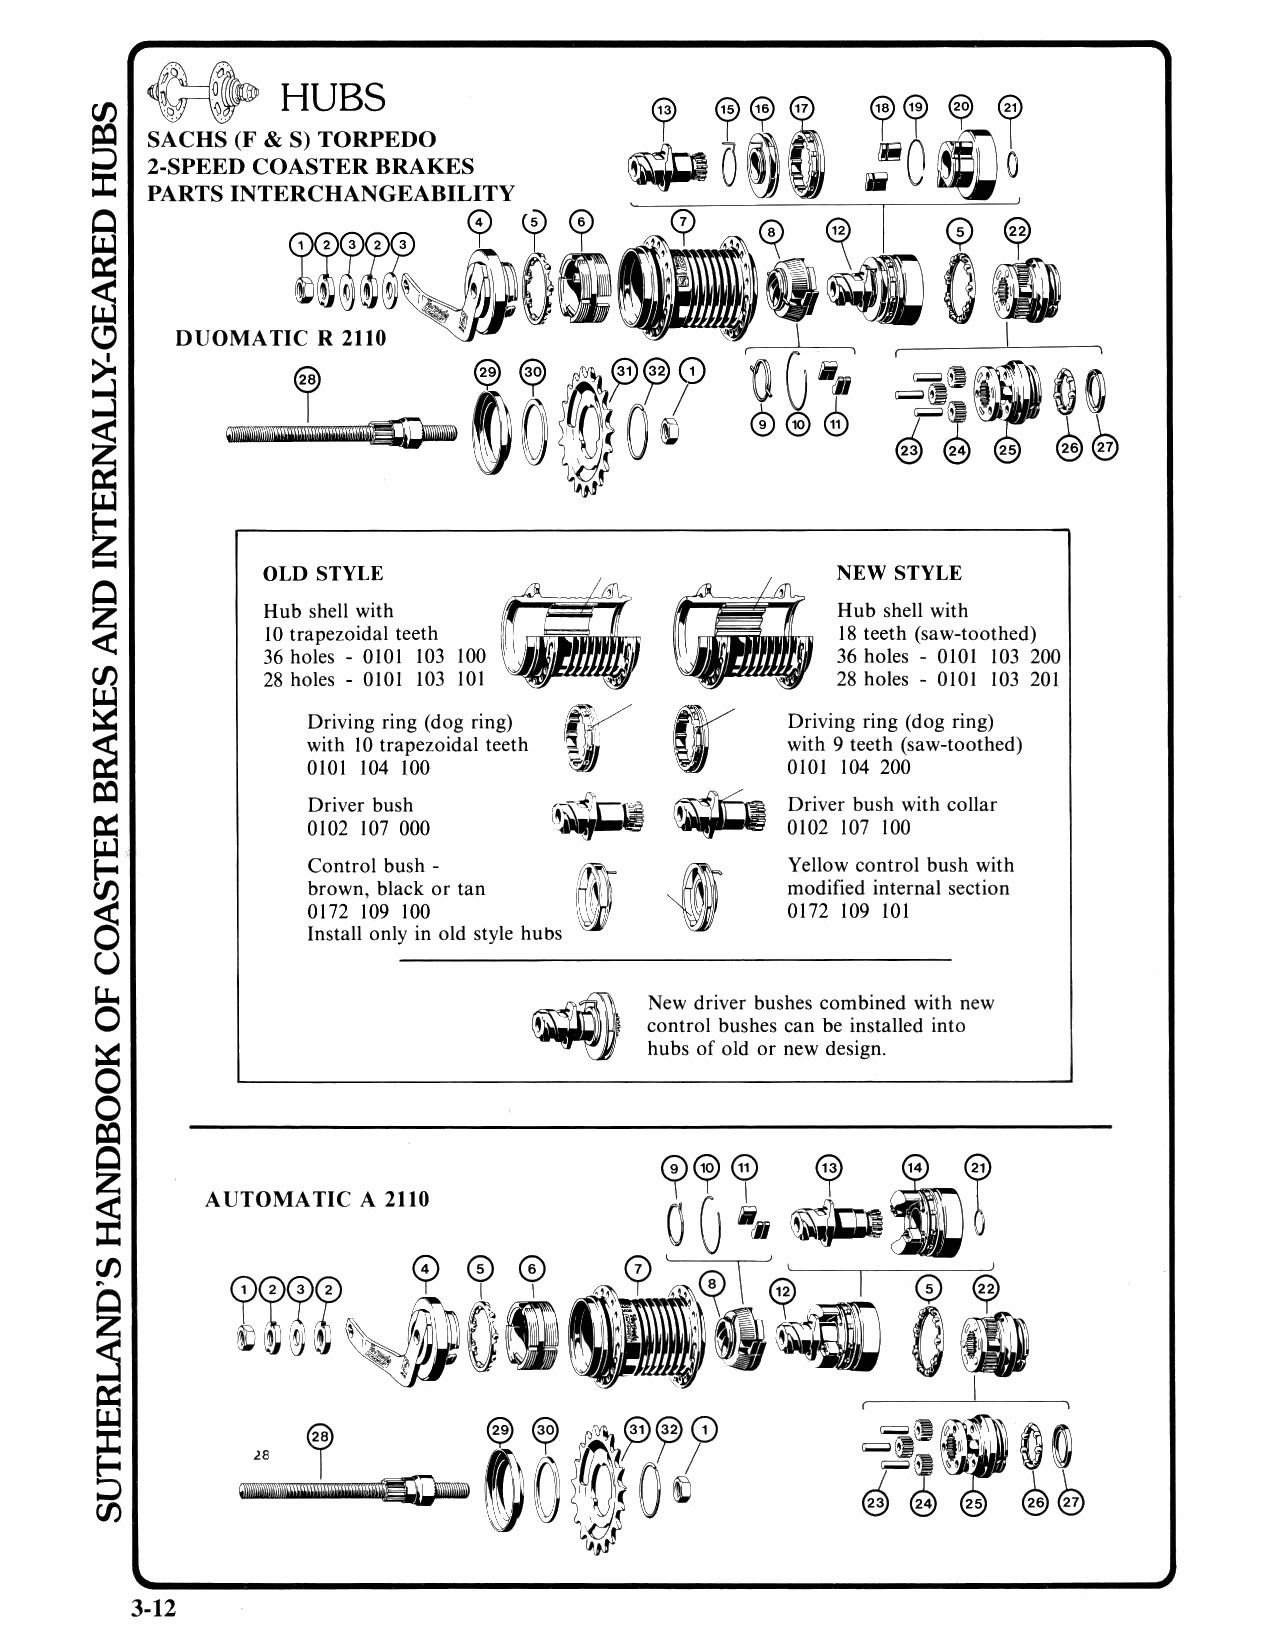
0
 ~        ~~!;EDO                       ~Ci?       ~o19 ~~ ~
 7
 6f  6f
 Gf
 &
 ~     D ~                0
 2-SPEED COASTER BRAKES                          (jj
 PARTS INTERCHANGEABILITY        ,              Ii
 I
 m
 12323~<j)      ~<f   .~            ~       ~  ~
 ul       /    '     •  I   0
 II ,
 !
 I
 DUOMA TIC R 2110   1        fYrrr   ~    \
 '0 U
 ~                        =~~   ",'  O~
 0                   ji.'
 0
 ~     ~            ®    ®   ~~    ...  ® @
 Sl
 @
 OLD STYLE                             NEW STYLE
 Gii
 ffi7
 Hub shell with                        Hub shell with
 10 trapezoidal teeth                  18 teeth (saw-toothed)
 36 holes - 0101 103 1100 01~          36 holes - 0101 103 200
 28 holes - 0101 103                   28 holes - 0101 103 201
 Driving ring (dog ring)         Driving ring (dog ring)
 with 10 trapezoidal teeth       with 9 teeth (saw-toothed)
 0101 104 100                    0101 104 200
 Driver bush                     Driver bush with collar
 0102 107 000                    0102 107 100
 Yellow control bush with
 Cbroonwtrno, l bblaucskh o-r tan ' " modified internal section
 I
 0172 109 100                    0172 109 101
 Install only in old style hubs
 New driver bushes combined with new
 control bushes can be installed into
 hubs of old or new design.
 A UTOMA TIC A 2110
 3-12